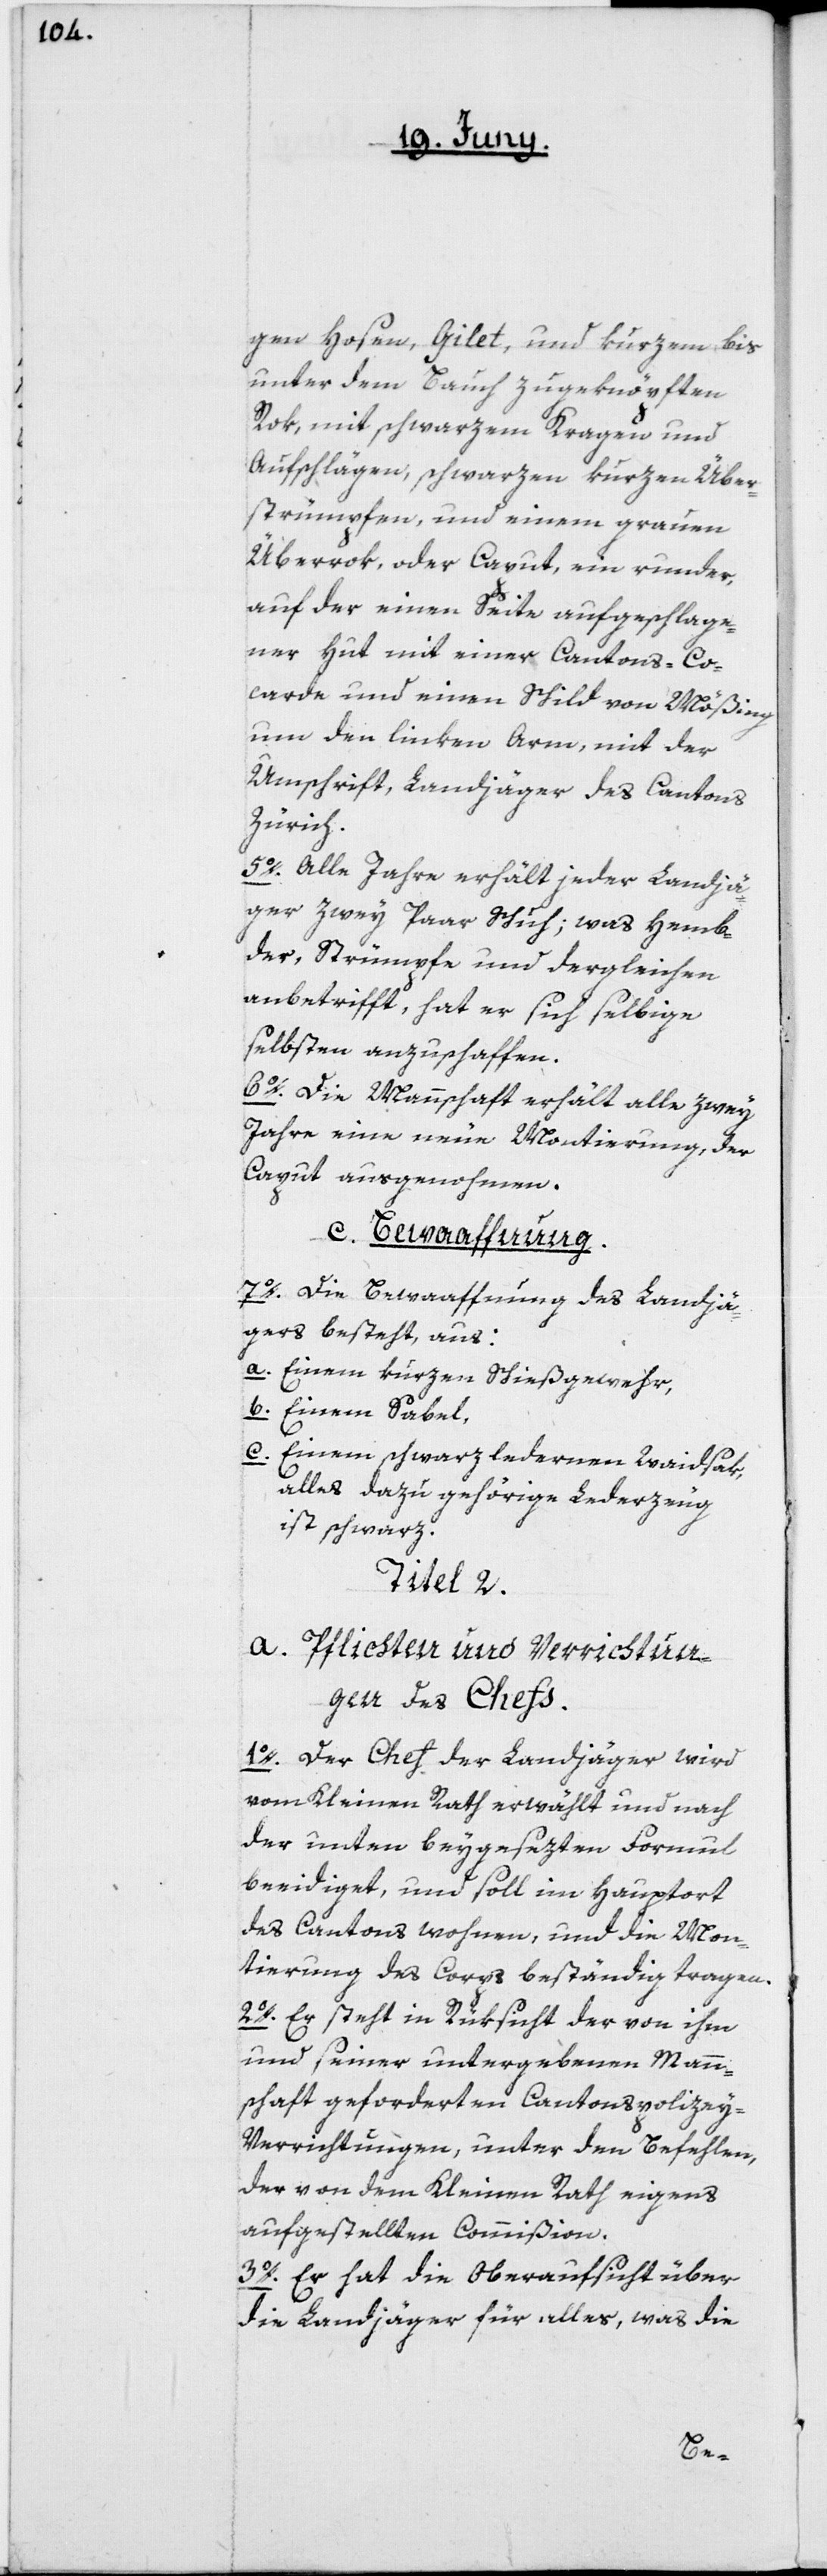
gen Hosen, Gilet, und kurzem, bis
unter dem Bauch zugeknöpften
Rok, mit schwarzem Kragen und
Aufschlägen, schwarzen kurzen Über¬
strümpfen, und einem grauen
Überrock oder Caput, ein runder,
auf der einen Seite aufgeschlage¬
ner Hut mit einer Cantons-Co¬
carde und einen Schild von Mößing
um den linken Arm, mit der
Umschrift: Landjäger des Cantons
Zürich.
5o. Alle Jahre erhält jeder Landjä¬
ger zwey Paar Schuh; was Hemb¬
der, Strümpfe und dergleichen
anbetrifft, hat er sich selbige
selbsten anzuschaffen.
6o. Die Mannschaft erhält alle zwey
Jahre eine neue Montierung, der
Caput ausgenohmen.
c. Bewaaffnung.
7o. Die Bewaaffung des Landjä¬
gers besteht aus:
a. Einem kurzen Schießgewehr,
b. Einem Sabel,
c.
Einem schwarzledernen Waidsak,
alles dazu gehörige Lederzeug
ist schwarz.
Titel 2.
a. Pflichten und Verrichtun¬
gen des Chefs.
1o. Der Chef der Landjäger wird
vom Kleinen Rath erwählt und nach
der unten beygesezten Formul
beeidiget, und soll im Hauptort
des Cantons wohnen, und die Mon¬
tierung des Corps beständig tragen.
2o. Er steht in Rüksicht der von ihm
und seiner untergebenen Mann¬
schaft geforderten Cantonspolizey-V¬
errichtungen, unter den Befehlen,
der von dem Kleinen Rath eigens
aufgestellten Commißion.
3o. Er hat die Oberaufsicht über
die Landjäger für alles, was die